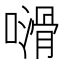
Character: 𠿭